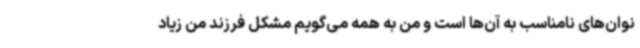
نوان‌های نامناسب به آن‌ها است و من به همه می‌گویم مشکل فرزند من زیاد